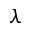
\lambda